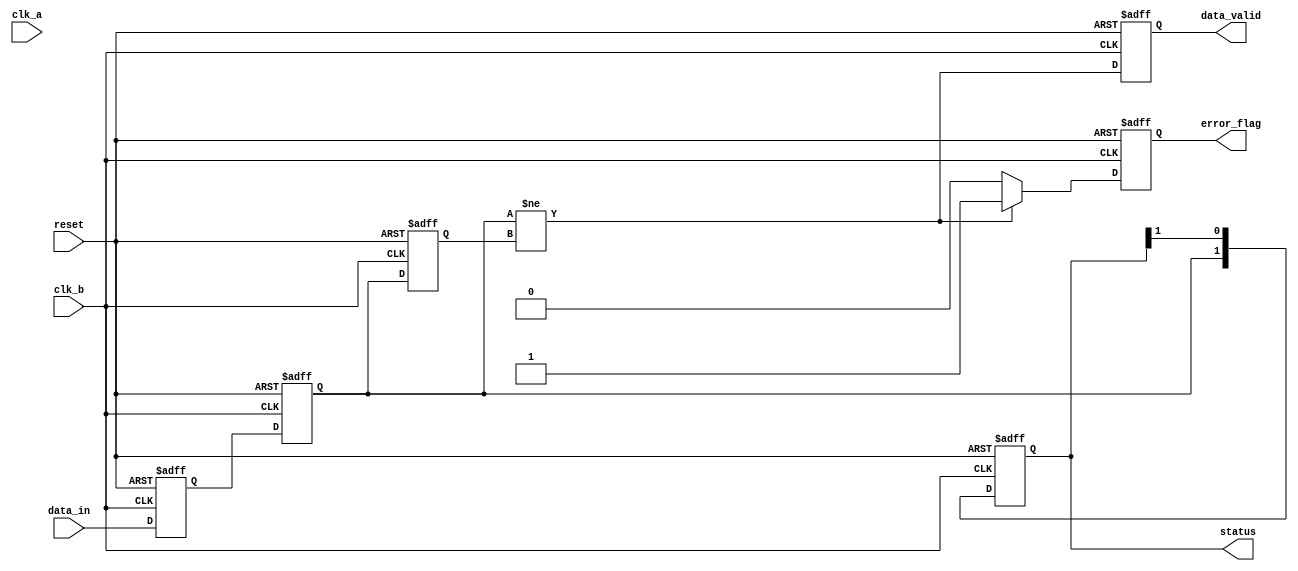
module cdc_detector (
    input wire clk_a,          // Source clock domain
    input wire clk_b,          // Destination clock domain
    input wire reset,          // Asynchronous reset
    input wire data_in,        // Data signal from source clock domain
    output reg data_valid,     // Indicates when valid data is present
    output reg error_flag,     // Indicates a potential metastability or transition error
    output reg [1:0] status    // Status register holding the last sampled value
);

// Internal signals
reg data_sync_1;        // First flip-flop output
reg data_sync_2;        // Second flip-flop output
reg data_prev;          // Previous sampled value

// Dual-flip-flop synchronizer
always @(posedge clk_b or posedge reset) begin
    if (reset) begin
        data_sync_1 <= 1'b0;
        data_sync_2 <= 1'b0;
    end else begin
        data_sync_1 <= data_in;   // Sample data on clk_b
        data_sync_2 <= data_sync_1; // Second stage to mitigate metastability
    end
end

// Status register and error detection logic
always @(posedge clk_b or posedge reset) begin
    if (reset) begin
        data_prev <= 1'b0;
        status <= 2'b00;          // Reset status to zero
        data_valid <= 1'b0;
        error_flag <= 1'b0;
    end else begin
        status <= {data_sync_2, status[1]}; // Update status register
        data_valid <= (data_sync_2 != data_prev); // Valid data if current != previous

        // Check for transitions
        if (data_sync_2 != data_prev) begin
            error_flag <= 1'b1;  // Transition detected
        end else begin
            error_flag <= 1'b0;  // No error
        end

        data_prev <= data_sync_2; // Update previous sampled value
    end
end

endmodule